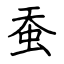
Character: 蚕